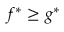
f ^ { * } \geq g ^ { * }